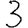
Digit: 3